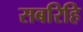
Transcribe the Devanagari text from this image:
सबरिहि